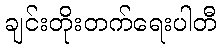
ချင်းတိုးတက်ရေးပါတီ